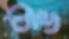
চেঙ